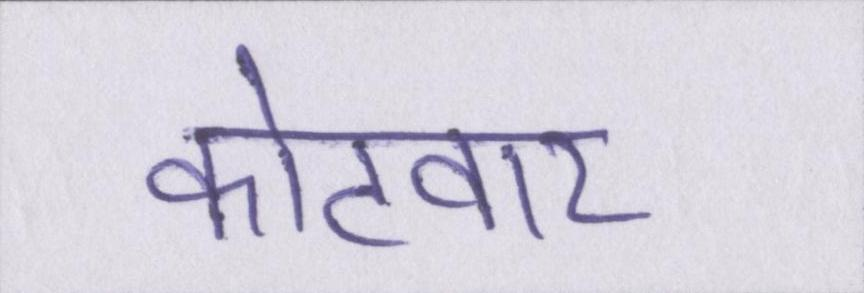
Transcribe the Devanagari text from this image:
कोटवार